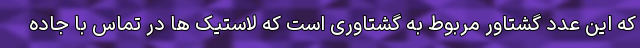
که این عدد گشتاور مربوط به گشتاوری است که لاستیک ها در تماس با جاده